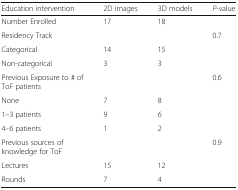
<table><thead><tr><td><b>Education intervention</b></td><td><b>2D images</b></td><td><b>3D models</b></td><td><b><i>P</i>-value</b></td></tr></thead><tbody><tr><td>Number Enrolled</td><td>17</td><td>18</td><td></td></tr><tr><td>Residency Track</td><td></td><td></td><td>0.7</td></tr><tr><td>Categorical</td><td>14</td><td>15</td><td></td></tr><tr><td>Non-categorical</td><td>3</td><td>3</td><td></td></tr><tr><td>Previous Exposure to # of ToF patients</td><td></td><td></td><td>0.6</td></tr><tr><td>None</td><td>7</td><td>8</td><td></td></tr><tr><td>1–3 patients</td><td>9</td><td>6</td><td></td></tr><tr><td>4–6 patients</td><td>1</td><td>2</td><td></td></tr><tr><td>Previous sources of knowledge for ToF</td><td></td><td></td><td>0.9</td></tr><tr><td>Lectures</td><td>15</td><td>12</td><td></td></tr><tr><td>Rounds</td><td>7</td><td>4</td><td></td></tr></tbody></table>